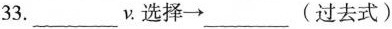
33.___ν.选择___\rightarrow(过去式)